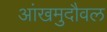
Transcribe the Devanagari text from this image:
आंखमुदौवल